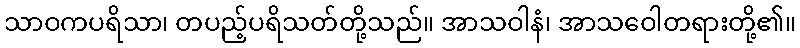
သာဝကပရိသာ၊ တပည့်ပရိသတ်တို့သည်။ အာသဝါနံ၊ အာသဝေါတရားတို့၏။